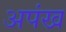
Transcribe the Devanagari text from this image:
अपंख